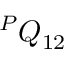
^ P Q _ { 1 2 }